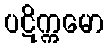
ပဋိက္ကမော